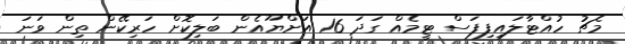
މެޗު ހުއްޓާލައިފިފަސް ޓީމެއް ގަދަ 16 އަށްޔޫއެން ބަލިކޮށް ހަރިކޭން ތިން ވަނަ